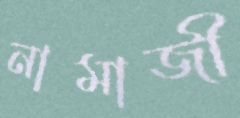
নামাজী